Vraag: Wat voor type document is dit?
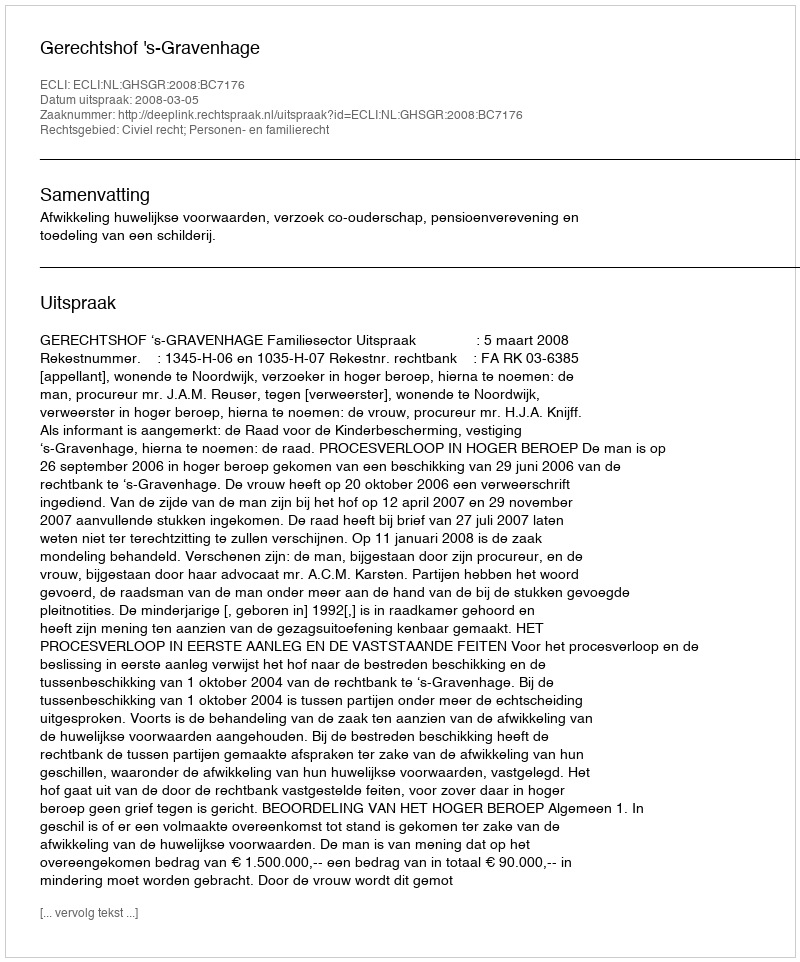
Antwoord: Uitspraak